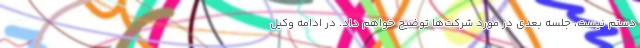
دستم نیست، جلسه بعدی در مورد شرکت‌ها توضیح خواهم داد. در ادامه وکیل